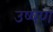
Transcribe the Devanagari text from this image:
उष्षण